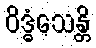
ဝိဒ္ဓံသေန္တိ